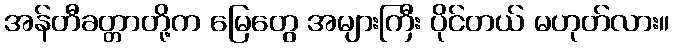
အန်တီခတ္တာတို့က မြေတွေ အများကြီး ပိုင်တယ် မဟုတ်လား။